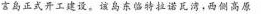
吉岛正式开工建设。该岛东临特拉诺瓦湾。西侧高原